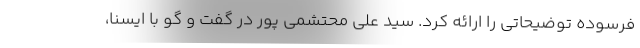
فرسوده توضیحاتی را ارائه کرد. سید علی محتشمی پور در گفت و گو با ایسنا،